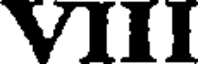
VIII